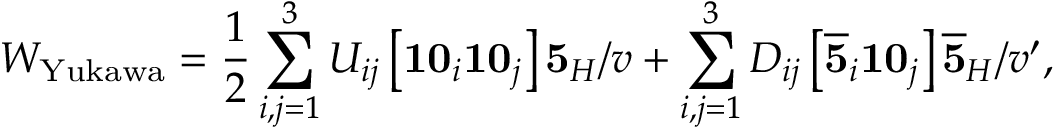
W _ { \mathrm { Y u k a w a } } = \frac { 1 } { 2 } \sum _ { i , j = 1 } ^ { 3 } U _ { i j } \left[ { \bf 1 0 } _ { i } { \bf 1 0 } _ { j } \right] { \bf 5 } _ { H } / v + \sum _ { i , j = 1 } ^ { 3 } D _ { i j } \left[ \overline { { { { \bf 5 } } } } _ { i } { \bf 1 0 } _ { j } \right] \overline { { { { \bf 5 } } } } _ { H } / v ^ { \prime } ,